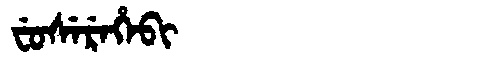
Manchu: ᠸᡠᠰᡝᡵᡝᡥᡝᠪᡳ
Romanization: FUSEREHEBI